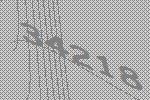
34218